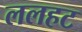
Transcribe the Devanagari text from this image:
ललहट